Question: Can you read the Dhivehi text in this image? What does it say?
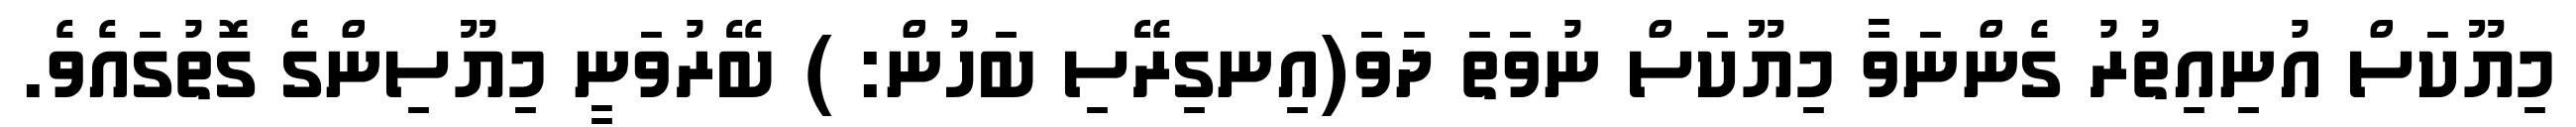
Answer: މިޔޫކަސް އުނިއިތުރު ގެންނަވާ މިޔޫކަސް ނުވަތަ ދަވަ(އިނގިރޭސި ބަހުން: ) ބޭރުވަނީ މިޔޫސިންގެ ގޮތުގައެވެ.